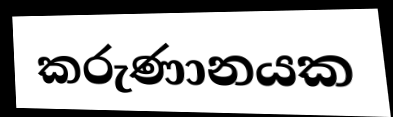
කරුණානයක